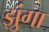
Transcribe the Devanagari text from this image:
झुंगा